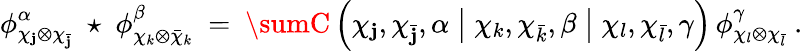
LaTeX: \phi_{\chi_{\mathbf{j}}\otimes\chi_{\bar{{\mathbf{j}}}}}^{\alpha}\; \star\; \phi_{\chi_{k}\otimes\bar{{\chi}}_{k}}^{\beta}\ =\ \sumC\left(\chi_{\mathbf{j}},\chi_{\bar{{\mathbf{j}}}},\alpha\bigm|\chi_{k},\chi_{\bar{{k}}},\beta\bigm|\chi_{l},\chi_{\bar{{l}}},\gamma\right)\, \phi_{\chi_{l}\otimes\chi_{\bar{{l}}}}^{\gamma}\ .